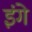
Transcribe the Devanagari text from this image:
इंगे